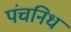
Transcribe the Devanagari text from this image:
पंचनिध